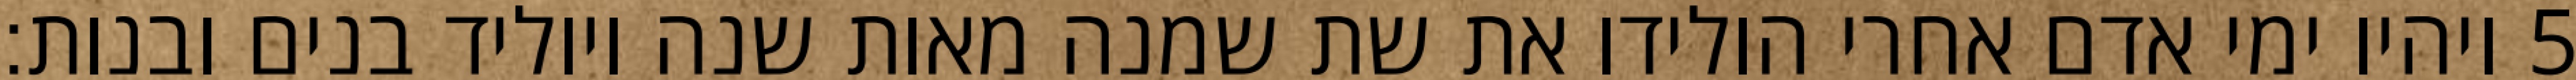
ויהיו ימי אדם אחרי הולידו את שת שמנה מאות שנה ויוליד בנים ובנות׃ ‎5‏